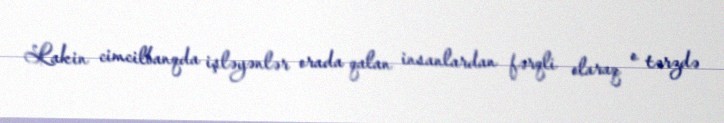
Lakin cimcilbanqda işləyənlər orada qalan insanlardan fərqli olaraq o tərzdə